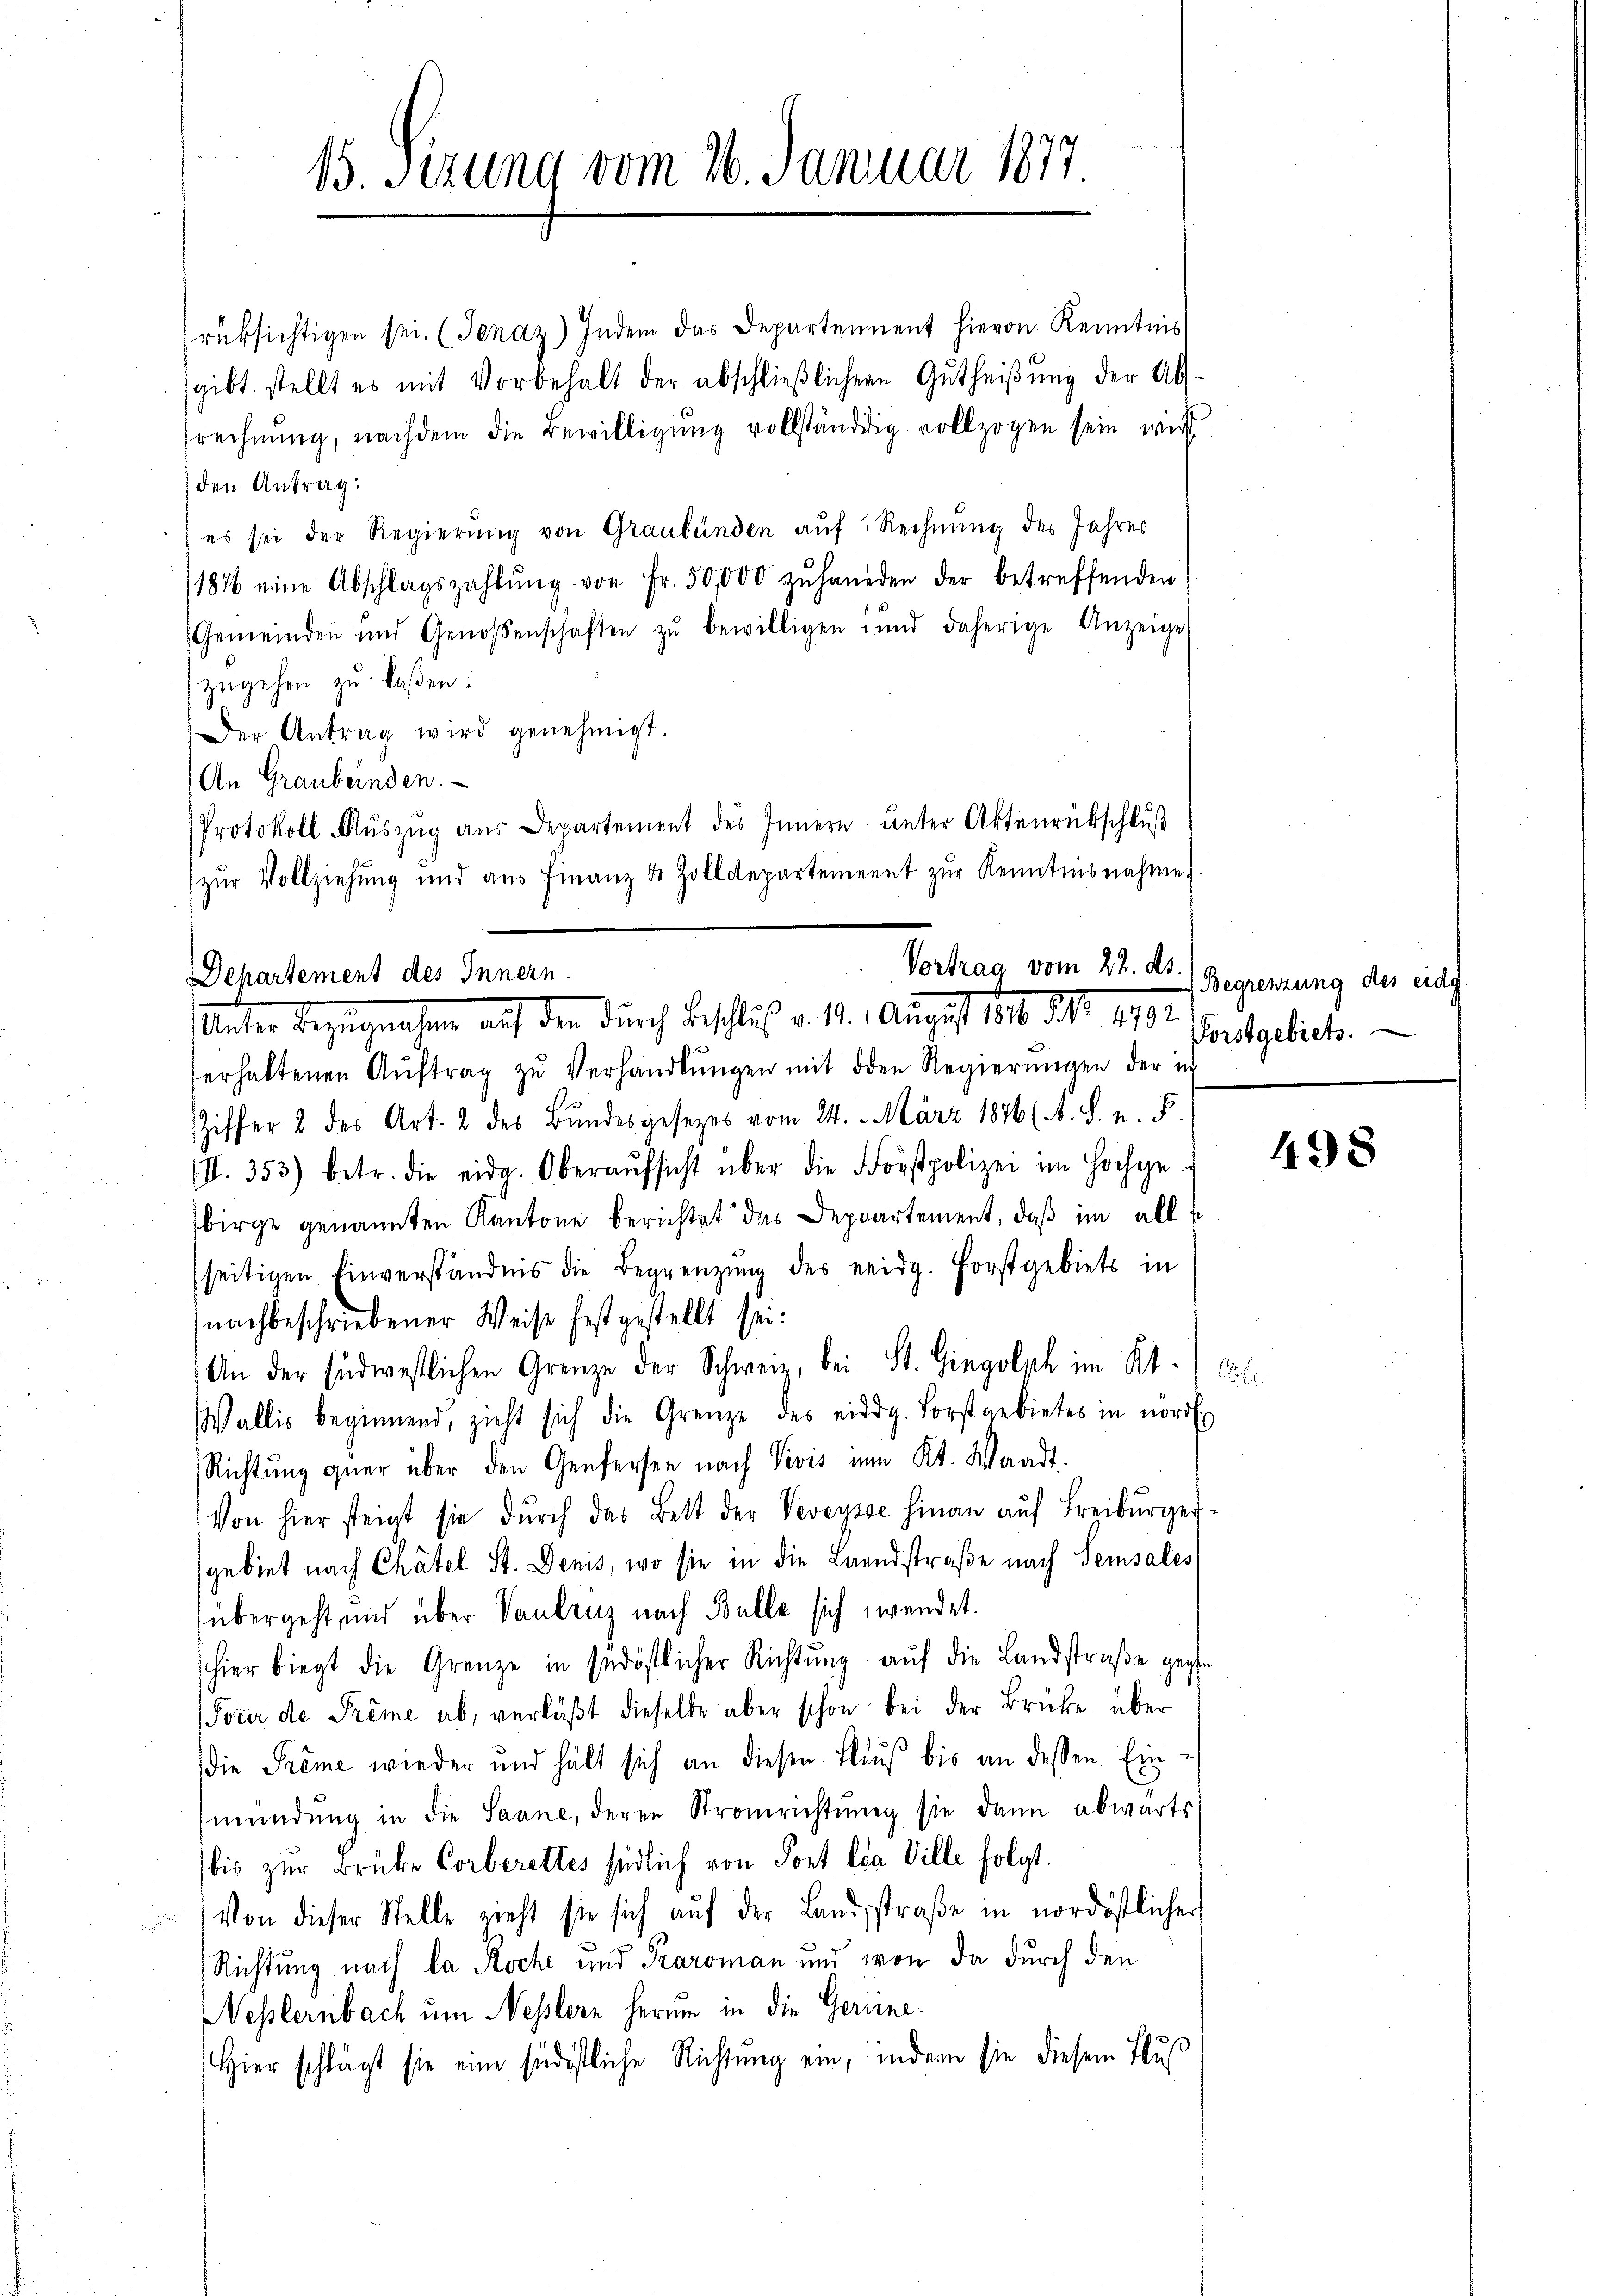
15. Jezung vom 26. Januar 1877

rüksichtigen sei. (Jenaz) Indem das Departement hievon Kenntnis
gibt, stellt es mit Vorbehalt der abschlieβlichen Gutheiβŭng der Ab-
srechnŭng, nachdem die Bewilligung vollständig vollzogen sein wir
den Antrag:
es sei der Regierŭng von Graubünden auf Rechnung des Jahres
1876 eine Abschlagszahlŭng von Fr. 50,000 zŭ handen der betreffenden
(Gemeinden und Genossenschaften zŭ bewilligen und daherige Anzeige
zŭgehen zu laßen:
Der Antrag wird genehmigt.
An Graubeinden.
Protokoll-Aŭszŭg aŭs Departement des Innern ŭnter Aktenrückschlŭβ
zŭr Vollziehŭng und aŭs Finanz u. Zolldepartement zŭr Kenntnisnahme.

Vortrag vom 22. ds.
Departement des Innern.
Unter Bezugnahmen, auf den durch Beschluß v. 14. August 1810. d. 1792.

serhaltenen Aŭftrag zŭ Verhandlŭngen mit den Regierŭngen der in
Ziffer 2 des Art. 2 des Bundesgesezes vom 24. März 1876 (s. S. n. F.
III. 353) betr. die eidg. Oberaŭfsicht über die Forstpolizei im Hochge-
birge genannten Kantone berichtet das Deppartement, daß im allf
seitigen Einverständnis die Begrenzung des eidg. Forstgebiets in
nachbeschriebener Weise festgestellt sei:
An der südwestlichen Grenze der Schweiz, bei St. Gingolph im Kt. Bl
Wallis beginnend, zieht sich die Grenze des eidg. Forstgebietes in nord
Richtung quer über den Genfersen nach Vivis im Kt. Waadt.
Von hier steigt sie dŭrch das Bett der Veveusse hinau aŭf Freiburgergebiet nach Chätel St. Dens, wo sie in die Landstraße nach Semsales
übergeht, und über Vaulenz nach Bulle sich wendet.
schier biegt die Grenze in südöstlicher Richtŭng aŭf die Landstraβe gege
Pour de Prême ab, verläßt dieselbe aber schon bei der Brücke über
die Trême wieder und hält sich an diesen Haus bis an dessen Einmündung in die Saane, deren Stromrichtung sie dann abwärts
bis zur Brüke Corberettes südlich von Port la Ville folgt.
Von dieser Stelle nieht sie sich aŭf der Landstraβe in nordöstlicher
Richtung nach la Roche und Karoman und von da durch den
Vesslernbach um Nestern herum in die Gerinne.
Hier schlägt sie eine südöstliche Richtung ein, indem sie diesem Flus

Begrenzung des eidg
Forstgebiet.

498